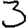
Digit: 3